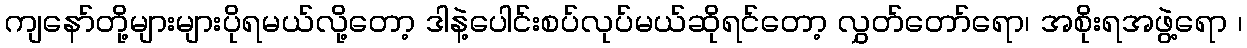
ကျနော်တို့များများပိုရမယ်လို့တော့ ဒါနဲ့ပေါင်းစပ်လုပ်မယ်ဆိုရင်တော့ လွှတ်တော်ရော၊ အစိုးရအဖွဲ့ရော ၊